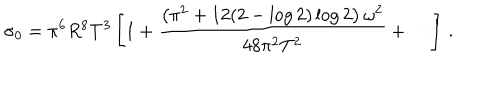
\sigma _ { 0 } = \pi ^ { 6 } R ^ { 8 } T ^ { 3 } \left[ 1 + \frac { \left( \pi ^ { 2 } + 1 2 ( 2 - \log { 2 } ) \log { 2 } \right) \omega ^ { 2 } } { 4 8 \pi ^ { 2 } T ^ { 2 } } + \cdots \right] \, .